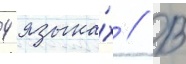
4 языка́х // В